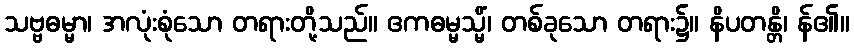
သဗ္ဗဓမ္မာ၊ အလုံးစုံသော တရားတို့သည်။ ဧကဓမ္မသ္မိံ၊ တစ်ခုသော တရား၌။ နိပတန္တိ၊ န်၏။